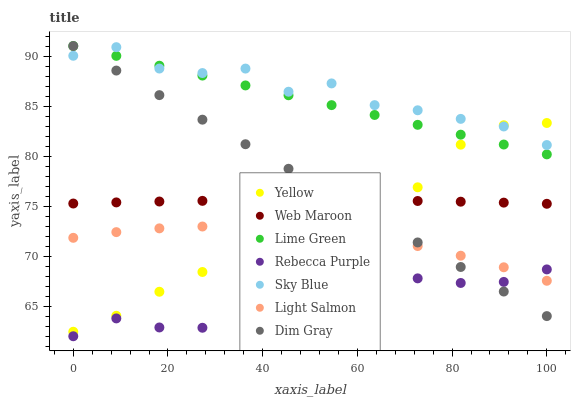
| xaxis_label | Yellow | Web Maroon | Lime Green | Rebecca Purple | Sky Blue | Light Salmon | Dim Gray |
 | --- | --- | --- | --- | --- | --- | --- | --- |
 | 0 | 62.5 | 75.3 | 91 | 62 | 90 | 71.8 | 91 |
 | 9.09 | 64 | 75.4 | 90 | 63.8 | 90.9 | 72.4 | 88.5 |
 | 18.2 | 66.4 | 75.5 | 89 | 62.9 | 88.7 | 72.8 | 86.1 |
 | 27.3 | 68.4 | 75.5 | 88 | 62.8 | 88.3 | 73 | 83.6 |
 | 36.4 | 68.6 | 75.6 | 87.1 | 63.4 | 88.7 | 73 | 81.2 |
 | 45.5 | 71.2 | 75.6 | 86.1 | 65.6 | 86.4 | 72.8 | 78.7 |
 | 54.5 | 75 | 75.6 | 85.1 | 66.7 | 87.3 | 72.4 | 76.3 |
 | 63.6 | 74.9 | 75.6 | 84.1 | 66.2 | 85.1 | 71.8 | 73.8 |
 | 72.7 | 76.9 | 75.5 | 83.1 | 67.8 | 84.6 | 71 | 71.4 |
 | 81.8 | 81.1 | 75.4 | 82.1 | 67.3 | 83.7 | 70 | 68.9 |
 | 90.9 | 83.1 | 75.4 | 81.2 | 67.4 | 83 | 68.9 | 66.5 |
 | 100 | 83.3 | 75.2 | 80.2 | 68.7 | 81.1 | 67.5 | 64 |